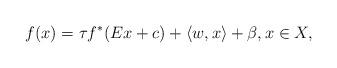
LaTeX: \begin{align*}f(x)=\tau f^*(Ex+c)+\langle w,x\rangle +\beta,x\in X, \end{align*}